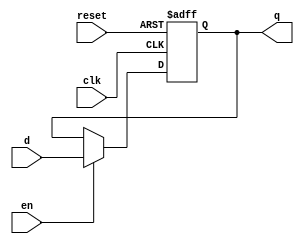
`timescale 1ns/1ps

module register( input clk,
		 input 		  reset,
		 input 		  en,
		 input [3:0] 	  d,
		 output reg [3:0] q);
//asynchronous reset
   always @(posedge clk, posedge reset) begin
      if (reset)
	begin
	   q <= 4'b0;
	end
      else if (en)
	begin
	   q <= d;
	end
   end
endmodule // register